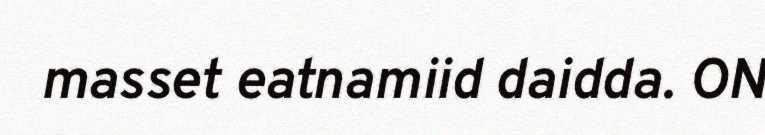
masset eatnamiid daidda. ON